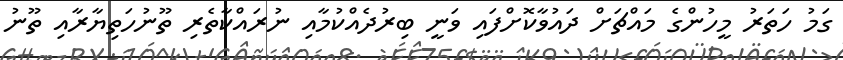
ގަމު ހަތަރު މީހުންގެ މައްޗަށް ދައުވާކޮށްފައި ވަނީ ބިރުދެއްކުމާއި ނުރައްކާތެރި ތޫނުހަތިޔާރާއި ތޫނު